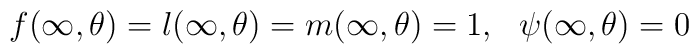
f(\infty,\theta)=l(\infty,\theta)=m(\infty,\theta)=1,\ \ \psi(\infty,\theta)=0